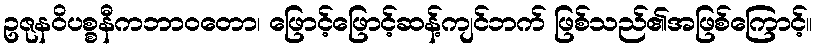
ဥဇုနဝိပစ္စနီကဘာဝတော၊ ဖြောင့်ဖြောင့်ဆန့်ကျင်ဘက် ဖြစ်သည်၏အဖြစ်ကြောင့်။